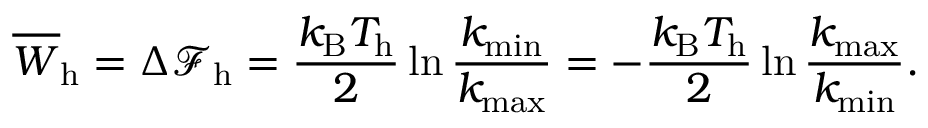
\overline { { W } } _ { \mathrm { h } } = \Delta \mathcal { F } _ { \mathrm { h } } = \frac { k _ { \mathrm { B } } T _ { \mathrm { h } } } { 2 } \ln \frac { k _ { \mathrm { m i n } } } { k _ { \mathrm { m a x } } } = - \frac { k _ { \mathrm { B } } T _ { \mathrm { h } } } { 2 } \ln \frac { k _ { \mathrm { m a x } } } { k _ { \mathrm { m i n } } } .